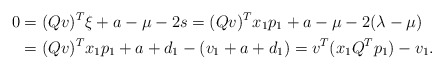
\begin{align*} 0&=(Qv)^T \xi + a - \mu - 2s = (Qv)^T x_1p_1+ a- \mu -2(\lambda-\mu) \\ &= (Qv)^T x_1p_1 + a+d_1 -(v_1+a+d_1) = v^T(x_1 Q^T p_1) -v_1.\end{align*}